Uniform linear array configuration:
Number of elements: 48
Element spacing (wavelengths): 0.5
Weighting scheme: cosine
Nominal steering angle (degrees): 60
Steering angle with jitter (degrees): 58.17
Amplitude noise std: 0.05
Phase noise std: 0.05

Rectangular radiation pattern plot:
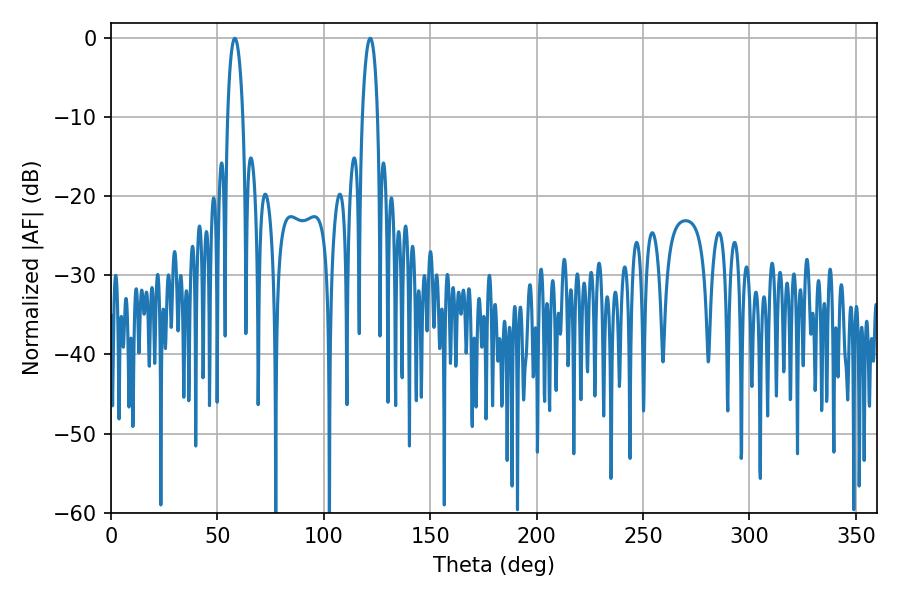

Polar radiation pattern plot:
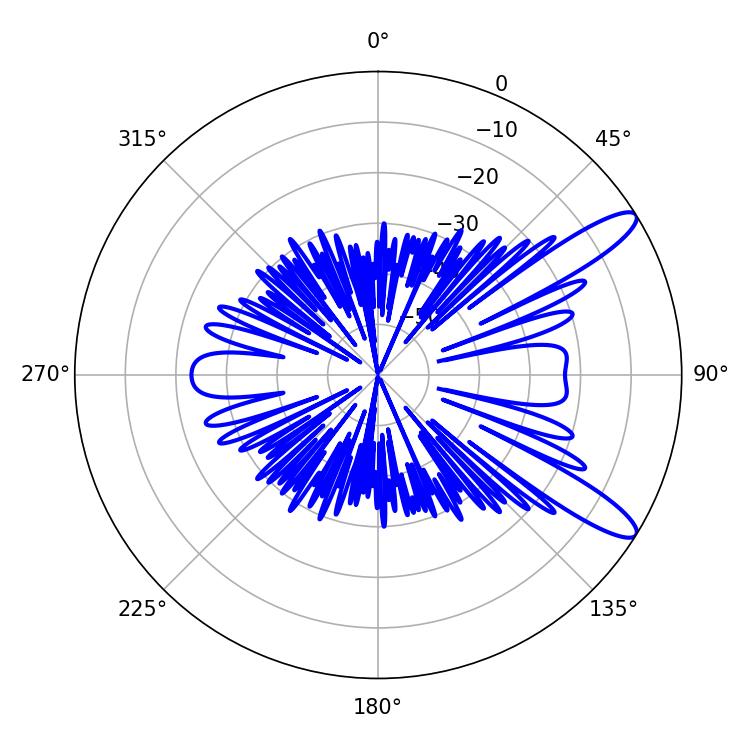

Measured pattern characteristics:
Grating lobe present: FALSE
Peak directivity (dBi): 11.727
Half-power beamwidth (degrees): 4.14
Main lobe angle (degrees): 58.14